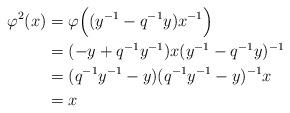
LaTeX: \begin{align*}\varphi^2(x) &= \varphi\Big((y^{-1}-q^{-1}y)x^{-1}\Big) \\&= (-y+q^{-1}y^{-1})x(y^{-1}-q^{-1}y)^{-1} \\&= (q^{-1}y^{-1}-y)(q^{-1}y^{-1}-y)^{-1}x \\&= x\end{align*}